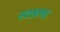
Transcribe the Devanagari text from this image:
नवखण्ड